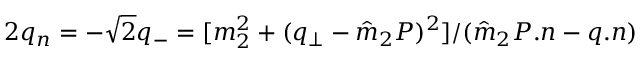
2 q _ { n } = - { \sqrt 2 } q _ { - } = { [ m _ { 2 } ^ { 2 } + ( q _ { \perp } - { \hat { m } } _ { 2 } P ) ^ { 2 } ] } / { ( { \hat { m } } _ { 2 } P . n - q . n ) }